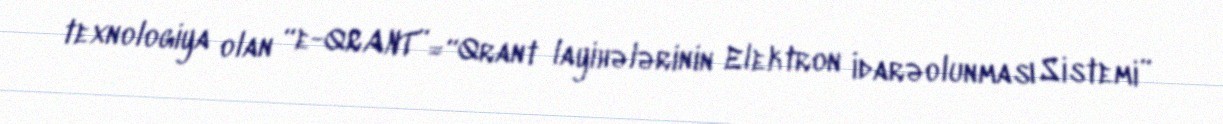
texnologiya olan “e-QRANT”=“Qrant layihələrinin Elektron İdarəolunması Sistemi”